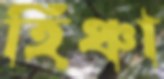
হিঞ্চা